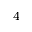
^ { 4 }